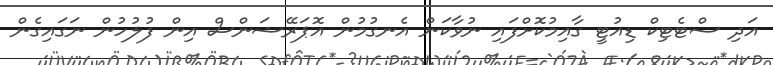
އަދި ސްޓެޓިކް ޑިއުޓީ ގާއިމުކޮށްފައި ނުވާކަން އެނގުމުން އޮޕަރޭޝަންސް އިން ފުލުހުން ނަގައިގެން